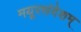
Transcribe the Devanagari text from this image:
मयूरसंदेशम्